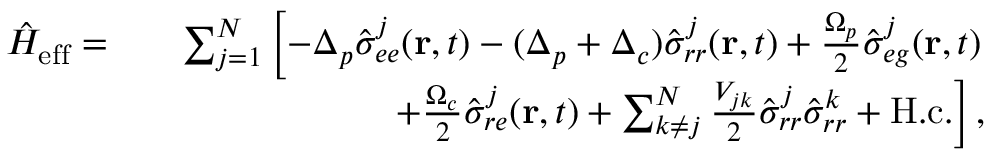
\begin{array} { r l r } { \hat { H } _ { \mathrm { e f f } } = } & { } & { \sum _ { j = 1 } ^ { N } \left[ - \Delta _ { p } \hat { \sigma } _ { e e } ^ { j } ( \mathbf { r } , t ) - ( \Delta _ { p } + \Delta _ { c } ) \hat { \sigma } _ { r r } ^ { j } ( \mathbf { r } , t ) + \frac { \Omega _ { p } } { 2 } \hat { \sigma } _ { e g } ^ { j } ( \mathbf { r } , t ) \right. } \\ & { } & { \left. + \frac { \Omega _ { c } } { 2 } \hat { \sigma } _ { r e } ^ { j } ( \mathbf { r } , t ) + \sum _ { k \neq j } ^ { N } \frac { V _ { j k } } { 2 } \hat { \sigma } _ { r r } ^ { j } \hat { \sigma } _ { r r } ^ { k } + \mathrm { H . c . } \right] , } \end{array}